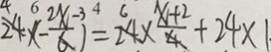
2 4 \times ( - \frac { 2 x - 3 } { 6 } ) = 2 4 \times \frac { x + 2 } { 4 } + 2 4 \times 1